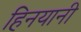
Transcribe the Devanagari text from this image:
हिनयानी